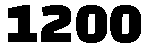
1200